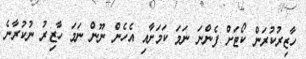
ހާޒިރުކުރަން ކޯޓަށް ފެންނަ ނަމަ ކަމަށާއި އެހެން ނޫން ނަމަ ހާޒިރު ނުކުރާނެ